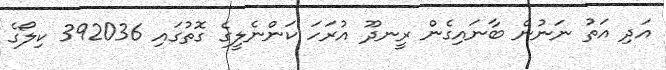
އަދި އަތު ނަނުން ބާނައިގެން ރީނދޫ އުރަހަ ކަންނެލީގެ ގޮތުގައި 392036 ކިލޯގެ